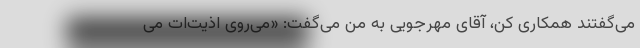
می‌گفتند همکاری کن، آقای مهرجویی به من می‌گفت: «می‌روی اذیت‌ات می